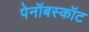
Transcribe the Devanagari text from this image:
पेनॉबस्कॉट